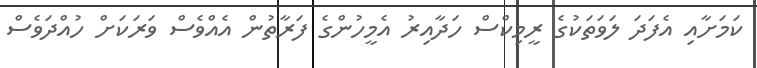
ކަމަށާއި އެފަދަ ލަވަތަކުގެ ރީމިކްސް ހަދާއިރު އެމީހުންގެ ފަރާތުން އެއްވެސް ވަރަކަށް ހުއްދަވެސް